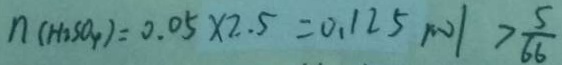
n ( H _ { 2 } S O _ { 4 } ) = 0 . 0 5 \times 2 . 5 = 0 . 1 2 5 m o l > \frac { 5 } { 6 6 }